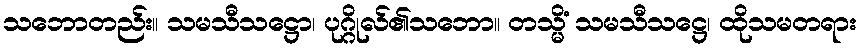
သဘောတည်း။ သမသီသဋ္ဌော၊ ပုဂ္ဂိုလ်၏သဘော။ တသ္မိံ သမသီသဋ္ဌေ၊ ထိုသမတရား